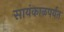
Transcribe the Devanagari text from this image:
सायंकाळपर्यंत